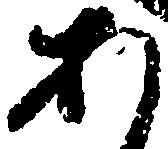
あ